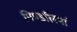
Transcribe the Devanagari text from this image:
पिण्डलियां